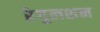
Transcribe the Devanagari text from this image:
रेगुलशन